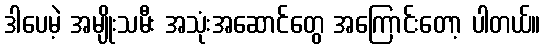
ဒါပေမဲ့ အမျိုးသမီး အသုံးအဆောင်တွေ အကြောင်းတော့ ပါတယ်။